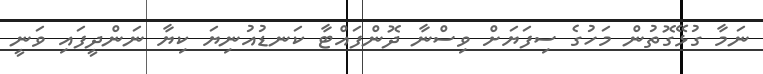
ނަމާ ގުޅޭގޮތުން މަހުގެ ސިފަޔަށް ވިސްނާ ދޮންފައްޓާ ކަނޑުއުނިޔަ ކިޔާ ނަންދީފައި ވަނީ